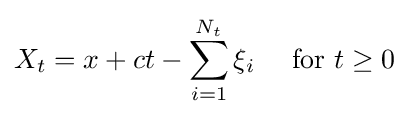
X_{t}=x+ct-\sum _{i=1}^{N_{t}}\xi _{i}\quad {\text{ for }}t\geq 0